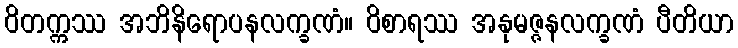
ဝိတက္ကဿ အဘိနိရောပနလက္ခဏံ။ ဝိစာရဿ အနုမဇ္ဇနလက္ခဏံ ပီတိယာ